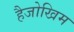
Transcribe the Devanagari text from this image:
हैजोखिम